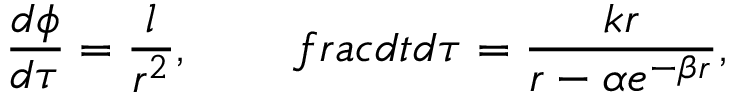
\frac { d \phi } { d \tau } = \frac { l } { r ^ { 2 } } , \ \ \ \ \ \ \, f r a c { d t } { d \tau } = \frac { k r } { r - \alpha e ^ { - \beta r } } ,